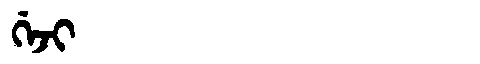
Manchu: ᡤᡝᠵᡳ
Romanization: GEJI